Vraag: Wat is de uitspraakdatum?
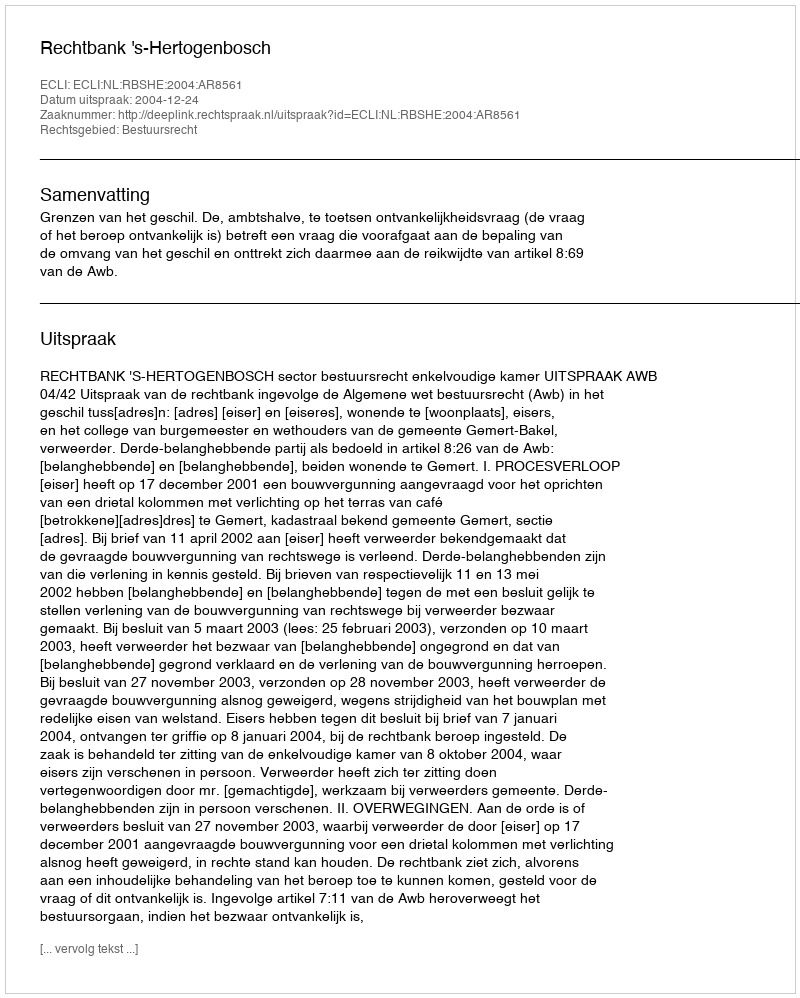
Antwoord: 2004-12-24